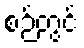
စဉ်တွင်